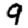
Digit: 9